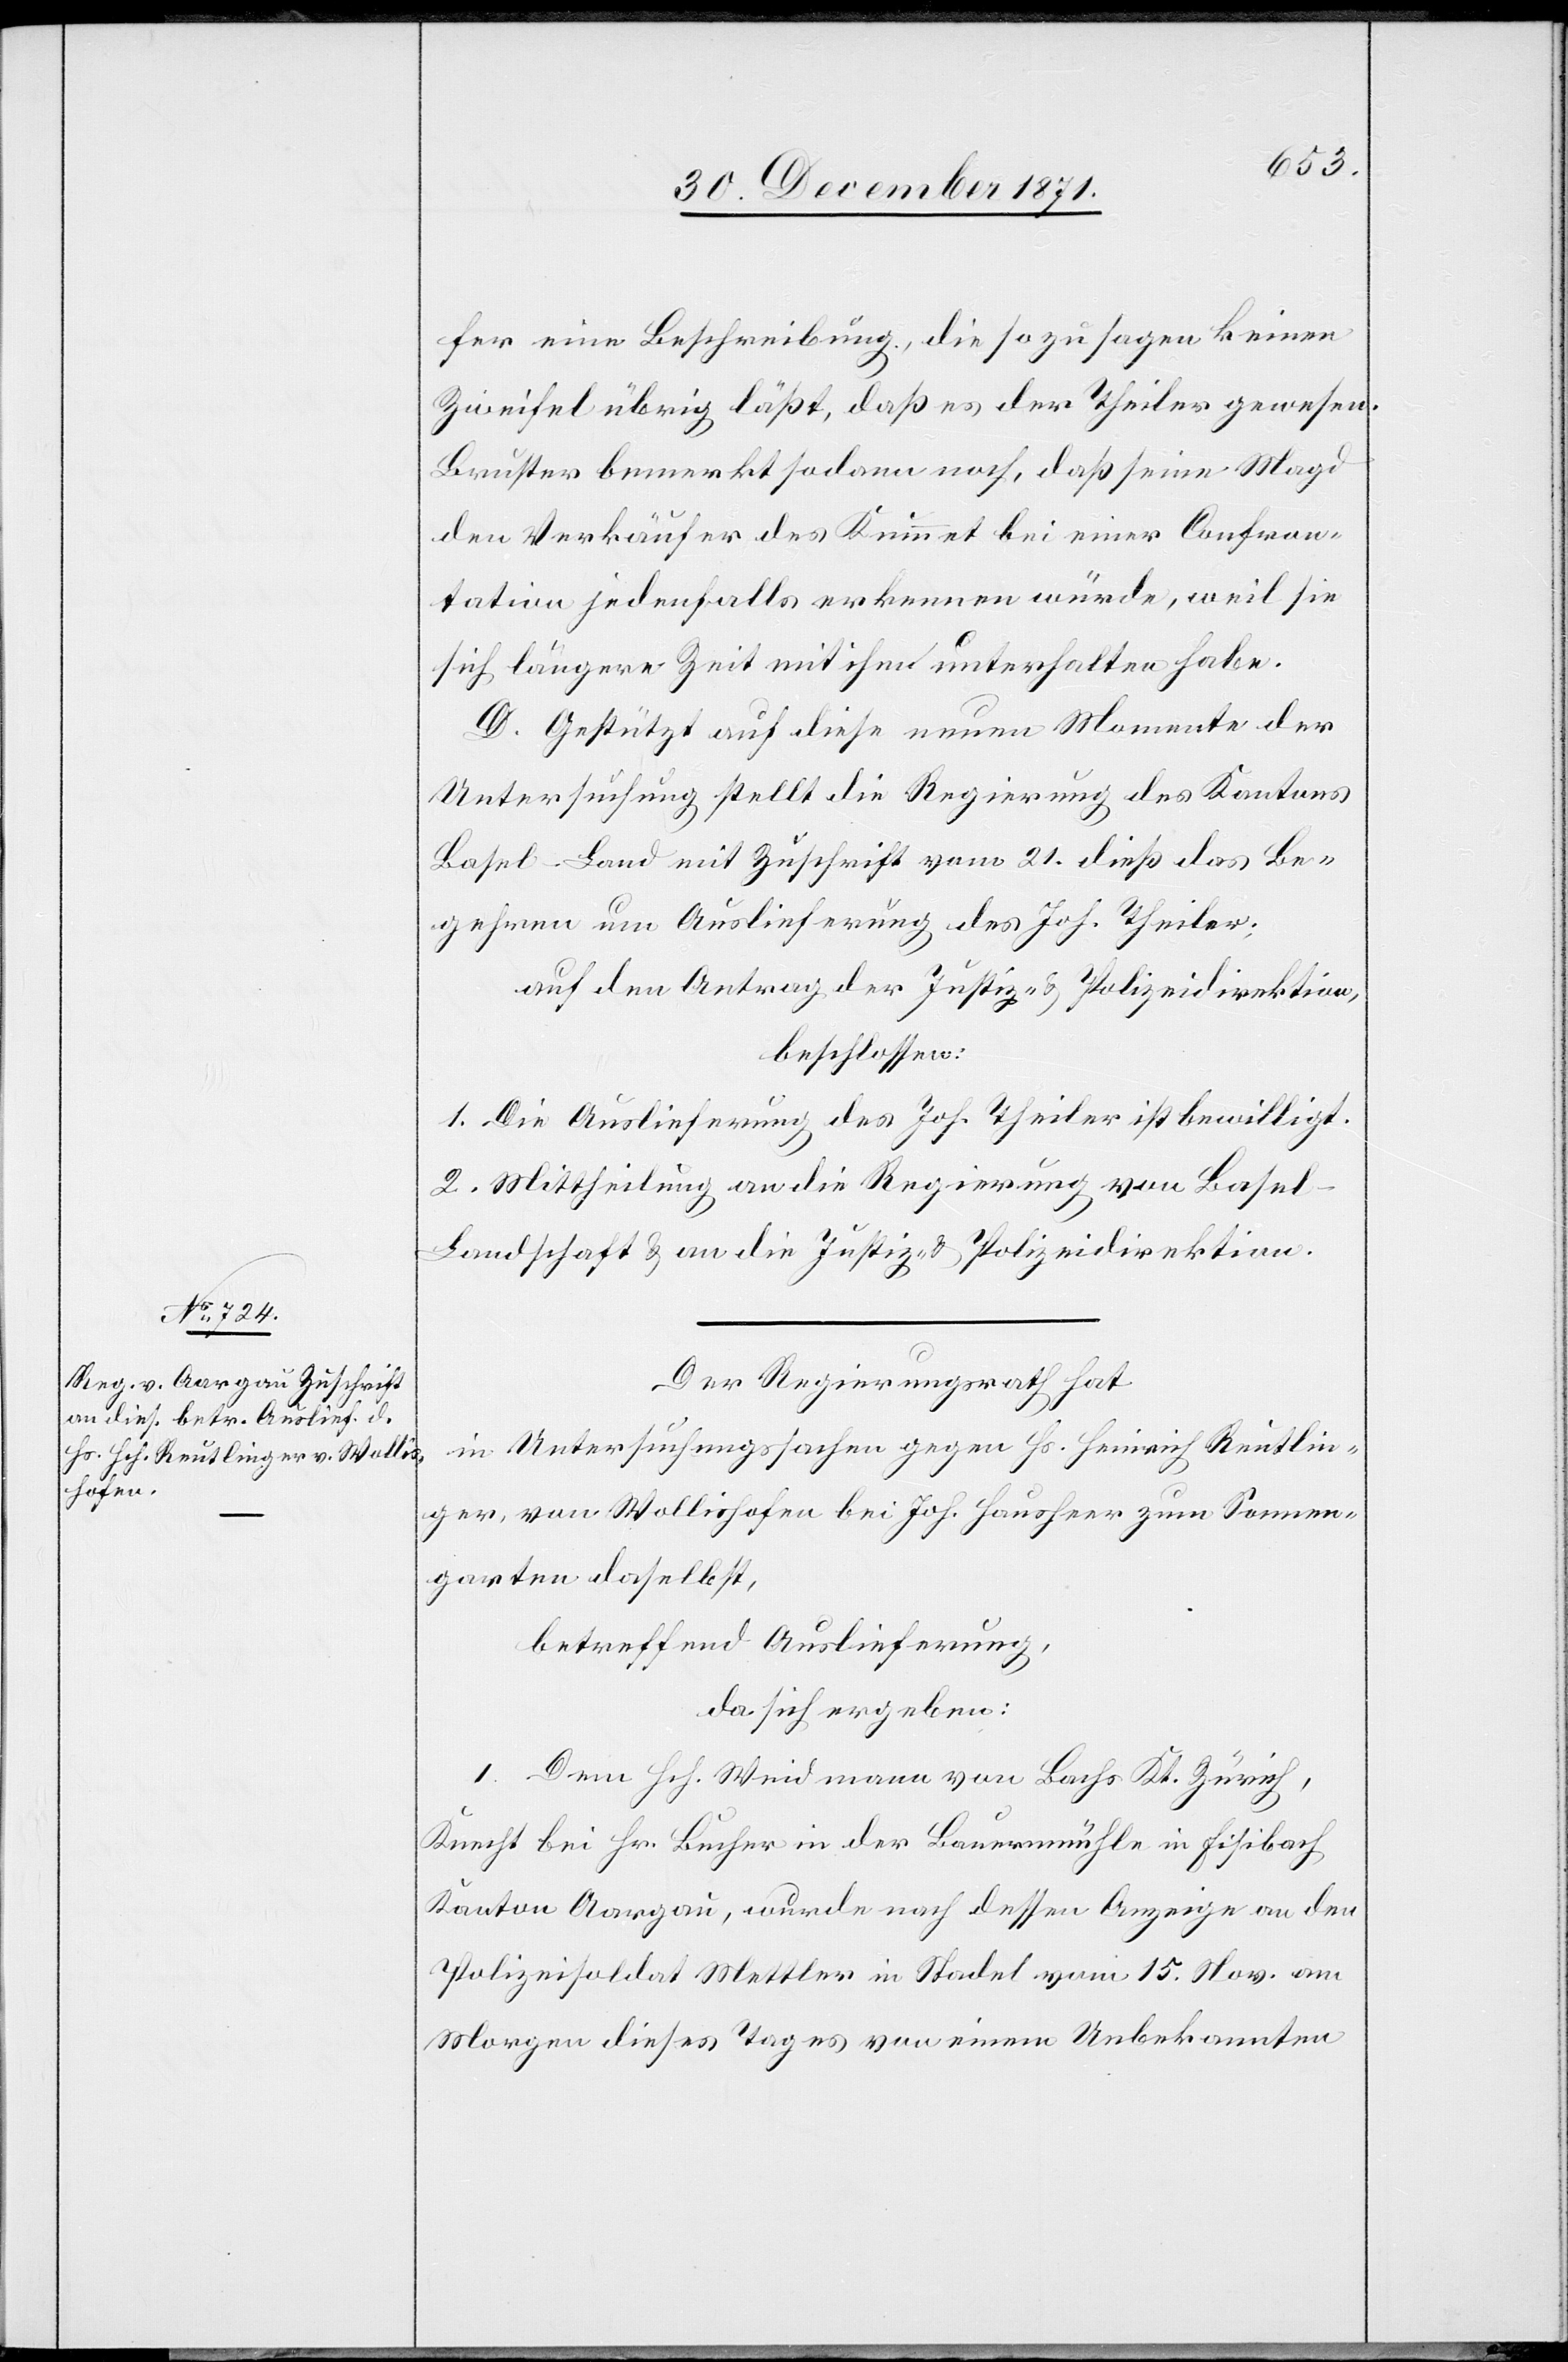
eine Beschreibung, die so zu sagen keinen
Zweifel übrig läßt, daß es der Theiler gewesen.
Bruster bemerkt sodann noch, daß seine Magd
den Verkäufer des Kummet bei einer Confron¬
tation jedenfalls erkennen würde, weil sie
sich längere Zeit mit ihm unterhalten habe.
D. Gestützt auf diese neuen Moment der
Untersuchung stellt die Regierung des Kantons
Basel-Land mit Zuschrift vom 21. dieß das Be¬
gehren um Auslieferung des Joh. Theiler:
Auf den Antrag der Justiz- & Polizeidirektion,
beschlossen:
1. Die Auslieferung des Joh. Theiler ist bewilligt.
2. Mittheilung an die Regierung von Basel-L¬
andschaft & an die Justiz- & Polizeidirektion.
Der Regierungsrath hat,
in Untersuchungssachen gegen Hs. Heinrich Reutlin¬
ger, von Wollishofen bei Joh. Hausheer zum Sonnen¬
garten daselbst,
betreffend Auslieferung,
da sich ergeben:
1. Dem Hch. Weidmann von Bachs Kt. Zürich,
Knecht bei Hr. Bucher in der Bauernmühle in Fisibach
Kanton Aargau, wurde nach dessen Anzeige an den
Polizeisoldat Mettler in Stadel vom 15. Nov. am
Morgen dieses Tages von einem Unbekannten